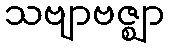
သဗျာဗဇ္ဈာ